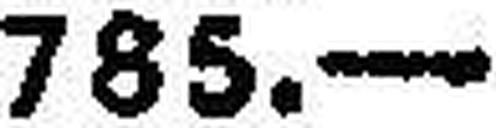
785.—